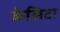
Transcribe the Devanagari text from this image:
केलिटा